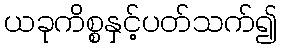
ယခုကိစ္စနှင့်ပတ်သက်၍